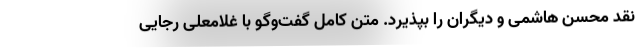
نقد محسن هاشمی و دیگران را بپذیرد. متن کامل گفت‌وگو با غلامعلی رجایی